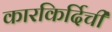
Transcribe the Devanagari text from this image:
कारकिर्दिची